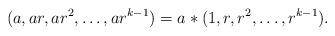
LaTeX: \begin{align*} (a, ar, ar^2, \ldots, ar^{k-1} ) = a \ast (1,r,r^2,\ldots, r^{k-1}).\end{align*}